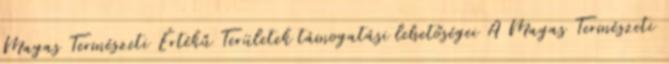
Magas Természeti Értékű Területek támogatási lehetőségei A Magas Természeti